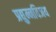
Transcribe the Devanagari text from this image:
प्रद्युम्नविजय